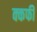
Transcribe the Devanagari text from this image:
क्कफी